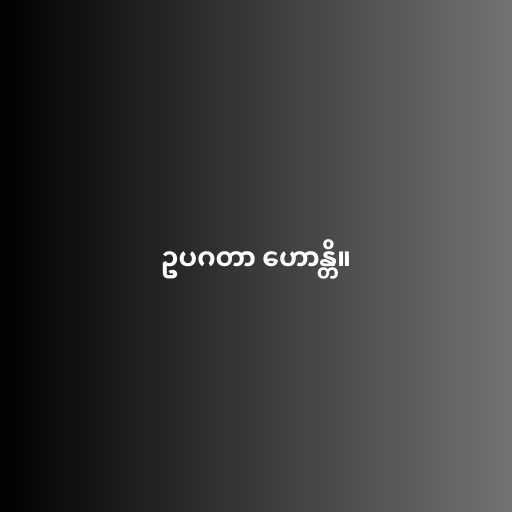
ဥပဂတာ ဟောန္တိ။